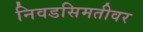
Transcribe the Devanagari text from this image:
निवडसिमतीवर